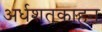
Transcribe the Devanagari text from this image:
अर्धशतकाहून